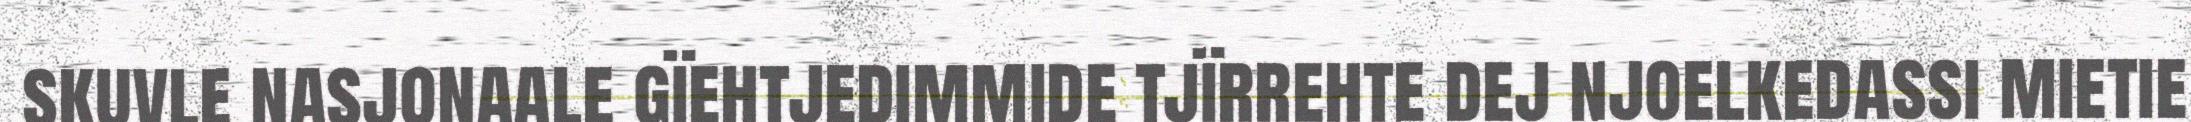
skuvle nasjonaale gïehtjedimmide tjïrrehte dej njoelkedassi mietie